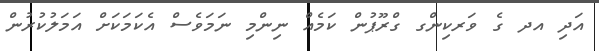
އަދި އދ ގެ ވަރކިންގ ގްރޫޕުން ކަމެއް ނިންމި ނަމަވެސް އެކަމަކަށް އަމަލުކުރުން